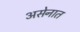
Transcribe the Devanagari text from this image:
असेनात